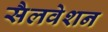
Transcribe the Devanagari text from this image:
सैलवेशन